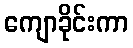
ကျောခိုင်းကာ